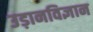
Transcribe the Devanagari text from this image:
उड़ानविज्ञान